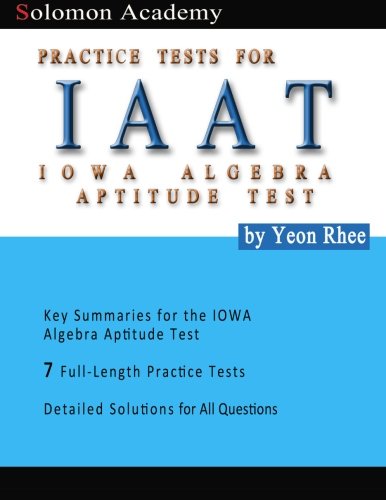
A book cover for Solomon Academy's IAAT Practice Tests: Practice Tests for IOWA Algebra Aptitude Test; Yeon Rhee; Test Preparation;